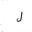
Letter: _lam